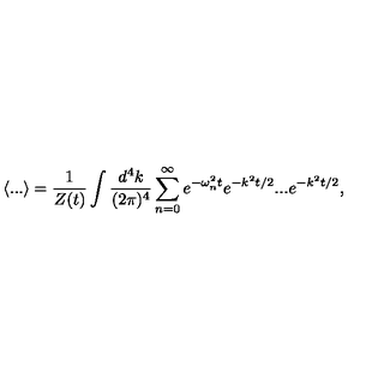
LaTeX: \langle . . . \rangle = \frac { 1 } { Z ( t ) } \int \frac { d ^ { 4 } k } { ( 2 \pi ) ^ { 4 } } \sum _ { n = 0 } ^ { \infty } e ^ { - \omega _ { n } ^ { 2 } t } e ^ { - k ^ { 2 } t / 2 } . . . e ^ { - k ^ { 2 } t / 2 } ,